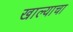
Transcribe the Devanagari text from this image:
खाल्याचा